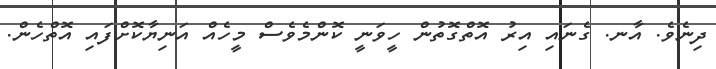
ދިނެވެ. އާނ. ގެނައި އިރު އޮތްގޮތުން ހީވަނީ ކޮންމެވެސް މީހެއް އަނިޔާކޮށްފައި އޮތްހެން.